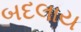
બદલાય